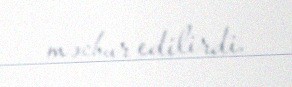
məcbur edilirdi.